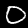
Label: 0